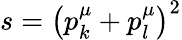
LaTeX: s=\left(p_{k}^{\mu}+p_{l}^{\mu}\right)^{2}